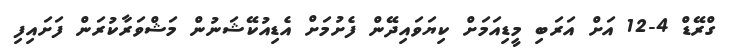
ގްރޭޑް 4-12 އަށް އަރަބި މީޑިއަމަށް ކިޔަވައިދޭން ފެށުމަށް އެޑިއުކޭޝަނުން މަޝްވަރާކުރަން ފަށައިފި